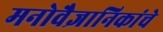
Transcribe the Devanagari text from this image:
मनोवैज्ञानिकांचे